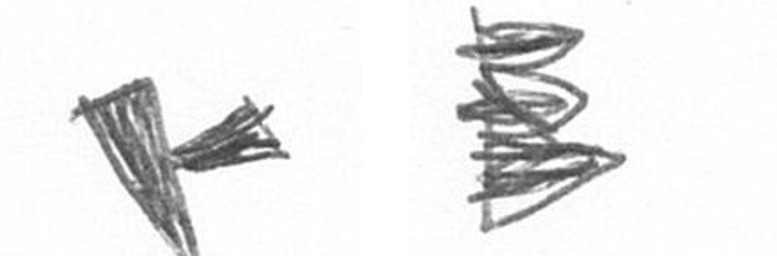
F H